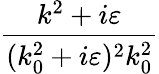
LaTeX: \frac{k^{2}+i\varepsilon}{(k_{0}^{2}+i\varepsilon)^{2}k_{0}^{2}}